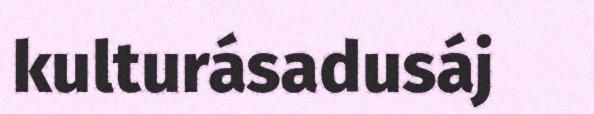
kulturásadusáj